Report on vaccination in the Province of Bengal - 1869-1873
Year: 1869
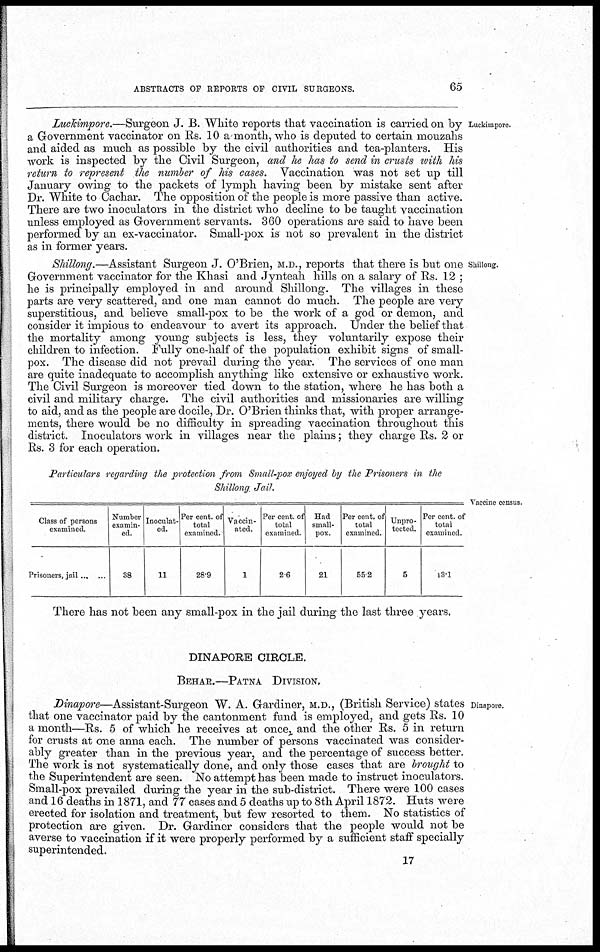
ABSTRACTS OF REPORTS OF CIVIL SURGEONS.
65
Luckimpore.
Luckimpore.—Surgeon J. B. White reports that vaccination is carried on by
a Government vaccinator on Rs. 10 a month, who is deputed to certain mouzahs
and aided as much as possible by the civil authorities and tea-planters. His
work is inspected by the Civil Surgeon, and he has to send in crusts with his
return to represent the number of his cases. Vaccination was not set up till
January owing to the packets of lymph having been by mistake sent after
Dr. White to Cachar. The opposition of the people is more passive than active.
There are two inoculators in the district who decline to be taught vaccination
unless employed as Government servants. 360 operations are said to have been
performed by an ex-vaccinator. Small-pox is not so prevalent in the district
as in former years.
Shillong.
Shillong.—Assistant Surgeon J. O'Brien, M.D., reports that there is but one
Government vaccinator for the Khasi and Jynteah hills on a salary of Rs. 12 ;
he is principally employed in and around Shillong. The villages in these
parts are very scattered, and one man cannot do much. The people are very
superstitious, and believe small-pox to be the work of a god or demon, and
consider it impious to endeavour to avert its approach. Under the belief that
the mortality among young subjects is less, they voluntarily expose their
children to infection. Fully one-half of the population exhibit signs of small-
pox. The disease did not prevail during the year. The services of one man
are quite inadequate to accomplish anything like extensive or exhaustive work.
The Civil Surgeon is moreover tied down to the station, where he has both a
civil and military charge. The civil authorities and missionaries are willing
to aid, and as the people are docile, Dr. O'Brien thinks that, with proper arrange-
ments, there would be no difficulty in spreading vaccination throughout this
district. Inoculators work in villages near the plains; they charge Rs. 2 or
Rs. 3 for each operation.
Particulars regarding the protection from Small-pox enjoyed by the Prisoners in the
Shillong Jail.
Vaccine census.
Class of persons
examined.
Prisoners, jail ... ...
Number
examin-
ed.
38
Inoculat-
ed.
11
Per cent. of
total
examined.
28.9
Vaccin-
ated.
1
Per cent. of
total
examined.
26
Had
small-
pox.
21
Per cent. of
total
examined.
55.2
Unpro-
tected.
5
Per cent. of
total
examined.
13.1
There has not been any small-pox in the jail during the last three years.
DINAPORE CIRCLE.
BEHAR.—PATNA DIVISION.
Dinapore.
Dinapore—Assistant-Surgeon W. A. Gardiner, M.D., (British Service) states
that one vaccinator paid by the cantonment fund is employed, and gets Rs. 10
a month—Rs. 5 of which he receives at once, and the other Rs. 5 in return
for crusts at one anna each. The number of persons vaccinated was consider-
ably greater than in the previous year, and the percentage of success better.
The work is not systematically done, and only those cases that are brought to
the Superintendent are seen. No attempt has been made to instruct inoculators.
Small-pox prevailed during the year in the sub-district. There were 100 cases
and 16 deaths in 1871, and 77 cases and 5 deaths up to 8th April 1872. Huts were
erected for isolation and treatment, but few resorted to them. No statistics of
protection are given. Dr. Gardiner considers that the people would not be
averse to vaccination if it were properly performed by a sufficient staff specially
superintended.
17